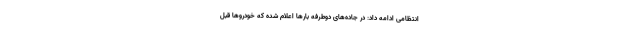
انتظامی ادامه داد: در جاده‌های دوطرفه بارها اعلام شده که خودروها قبل